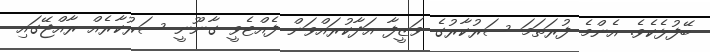
ބޭފުޅެކެވެ. އެންމެ ފުރަތަމަ ސަރުކާރުގެ ވަޒީފާ އަދާކުރައްވަން ފެއްޓެވީ ގާނޫނީ ސަރުކާރެއް ރާއްޖޭގައި